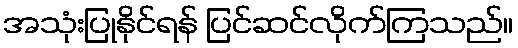
အသုံးပြုနိုင်ရန် ပြင်ဆင်လိုက်ကြသည်။